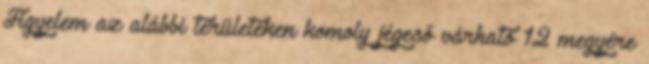
Figyelem az alábbi területeken komoly jégeső várható 12 megyére